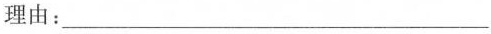
理由：___